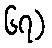
၆၇)